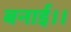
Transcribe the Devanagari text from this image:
बनाई।।